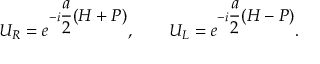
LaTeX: U _ { R } = e ^ { - i \displaystyle \frac { a } { 2 } ( H + P ) } , \qquad U _ { L } = e ^ { - i \displaystyle \frac { a } { 2 } ( H - P ) } .